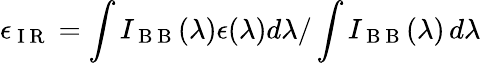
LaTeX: \epsilon_{\mathrm{~I~R~}}=\int I_{\mathrm{~B~B~}}(\lambda)\epsilon(\lambda)d\lambda/\int I_{\mathrm{~B~B~}}(\lambda)\, d\lambda